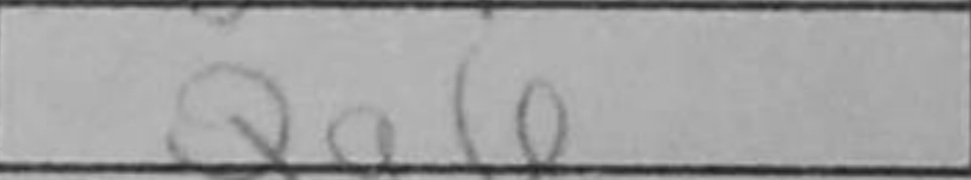
Transcription: Qg6